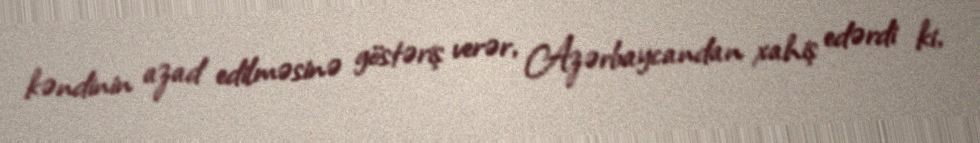
kəndinin azad edilməsinə göstəriş verər, Azərbaycandan xahiş edərdi ki,